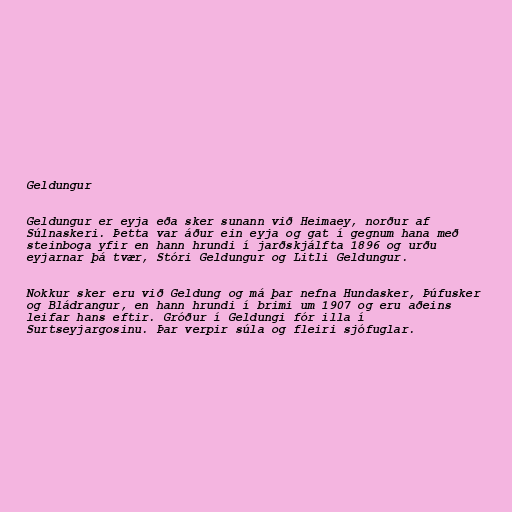
Geldungur

Geldungur er eyja eða sker sunann við Heimaey, norður af
Súlnaskeri. Þetta var áður ein eyja og gat í gegnum hana með
steinboga yfir en hann hrundi í jarðskjálfta 1896 og urðu
eyjarnar þá tvær, Stóri Geldungur og Litli Geldungur.

Nokkur sker eru við Geldung og má þar nefna Hundasker, Þúfusker
og Bládrangur, en hann hrundi í brimi um 1907 og eru aðeins
leifar hans eftir. Gróður í Geldungi fór illa í
Surtseyjargosinu. Þar verpir súla og fleiri sjófuglar.